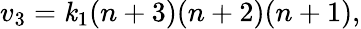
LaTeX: v_{3}=\mathit{k}_{1}(n+3)(n+2)(n+1),